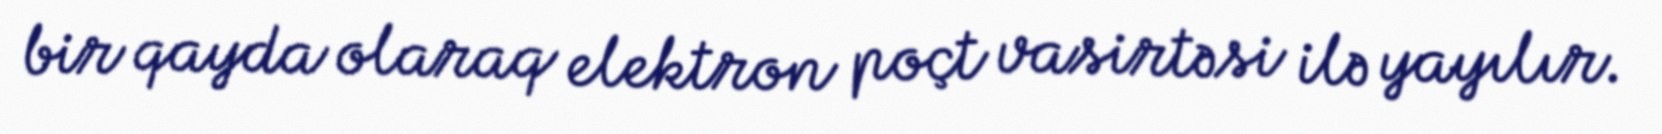
bir qayda olaraq elektron poçt vasirtəsi ilə yayılır.